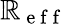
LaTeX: \mathbb{R}_{\mathrm{{~e~f~f~}}}